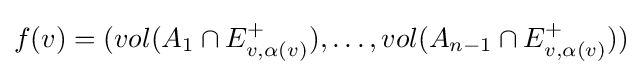
f(v)=(vol(A_{1}\cap E_{v,\alpha (v)}^{+}),\ldots ,vol(A_{n-1}\cap E_{v,\alpha (v)}^{+}))